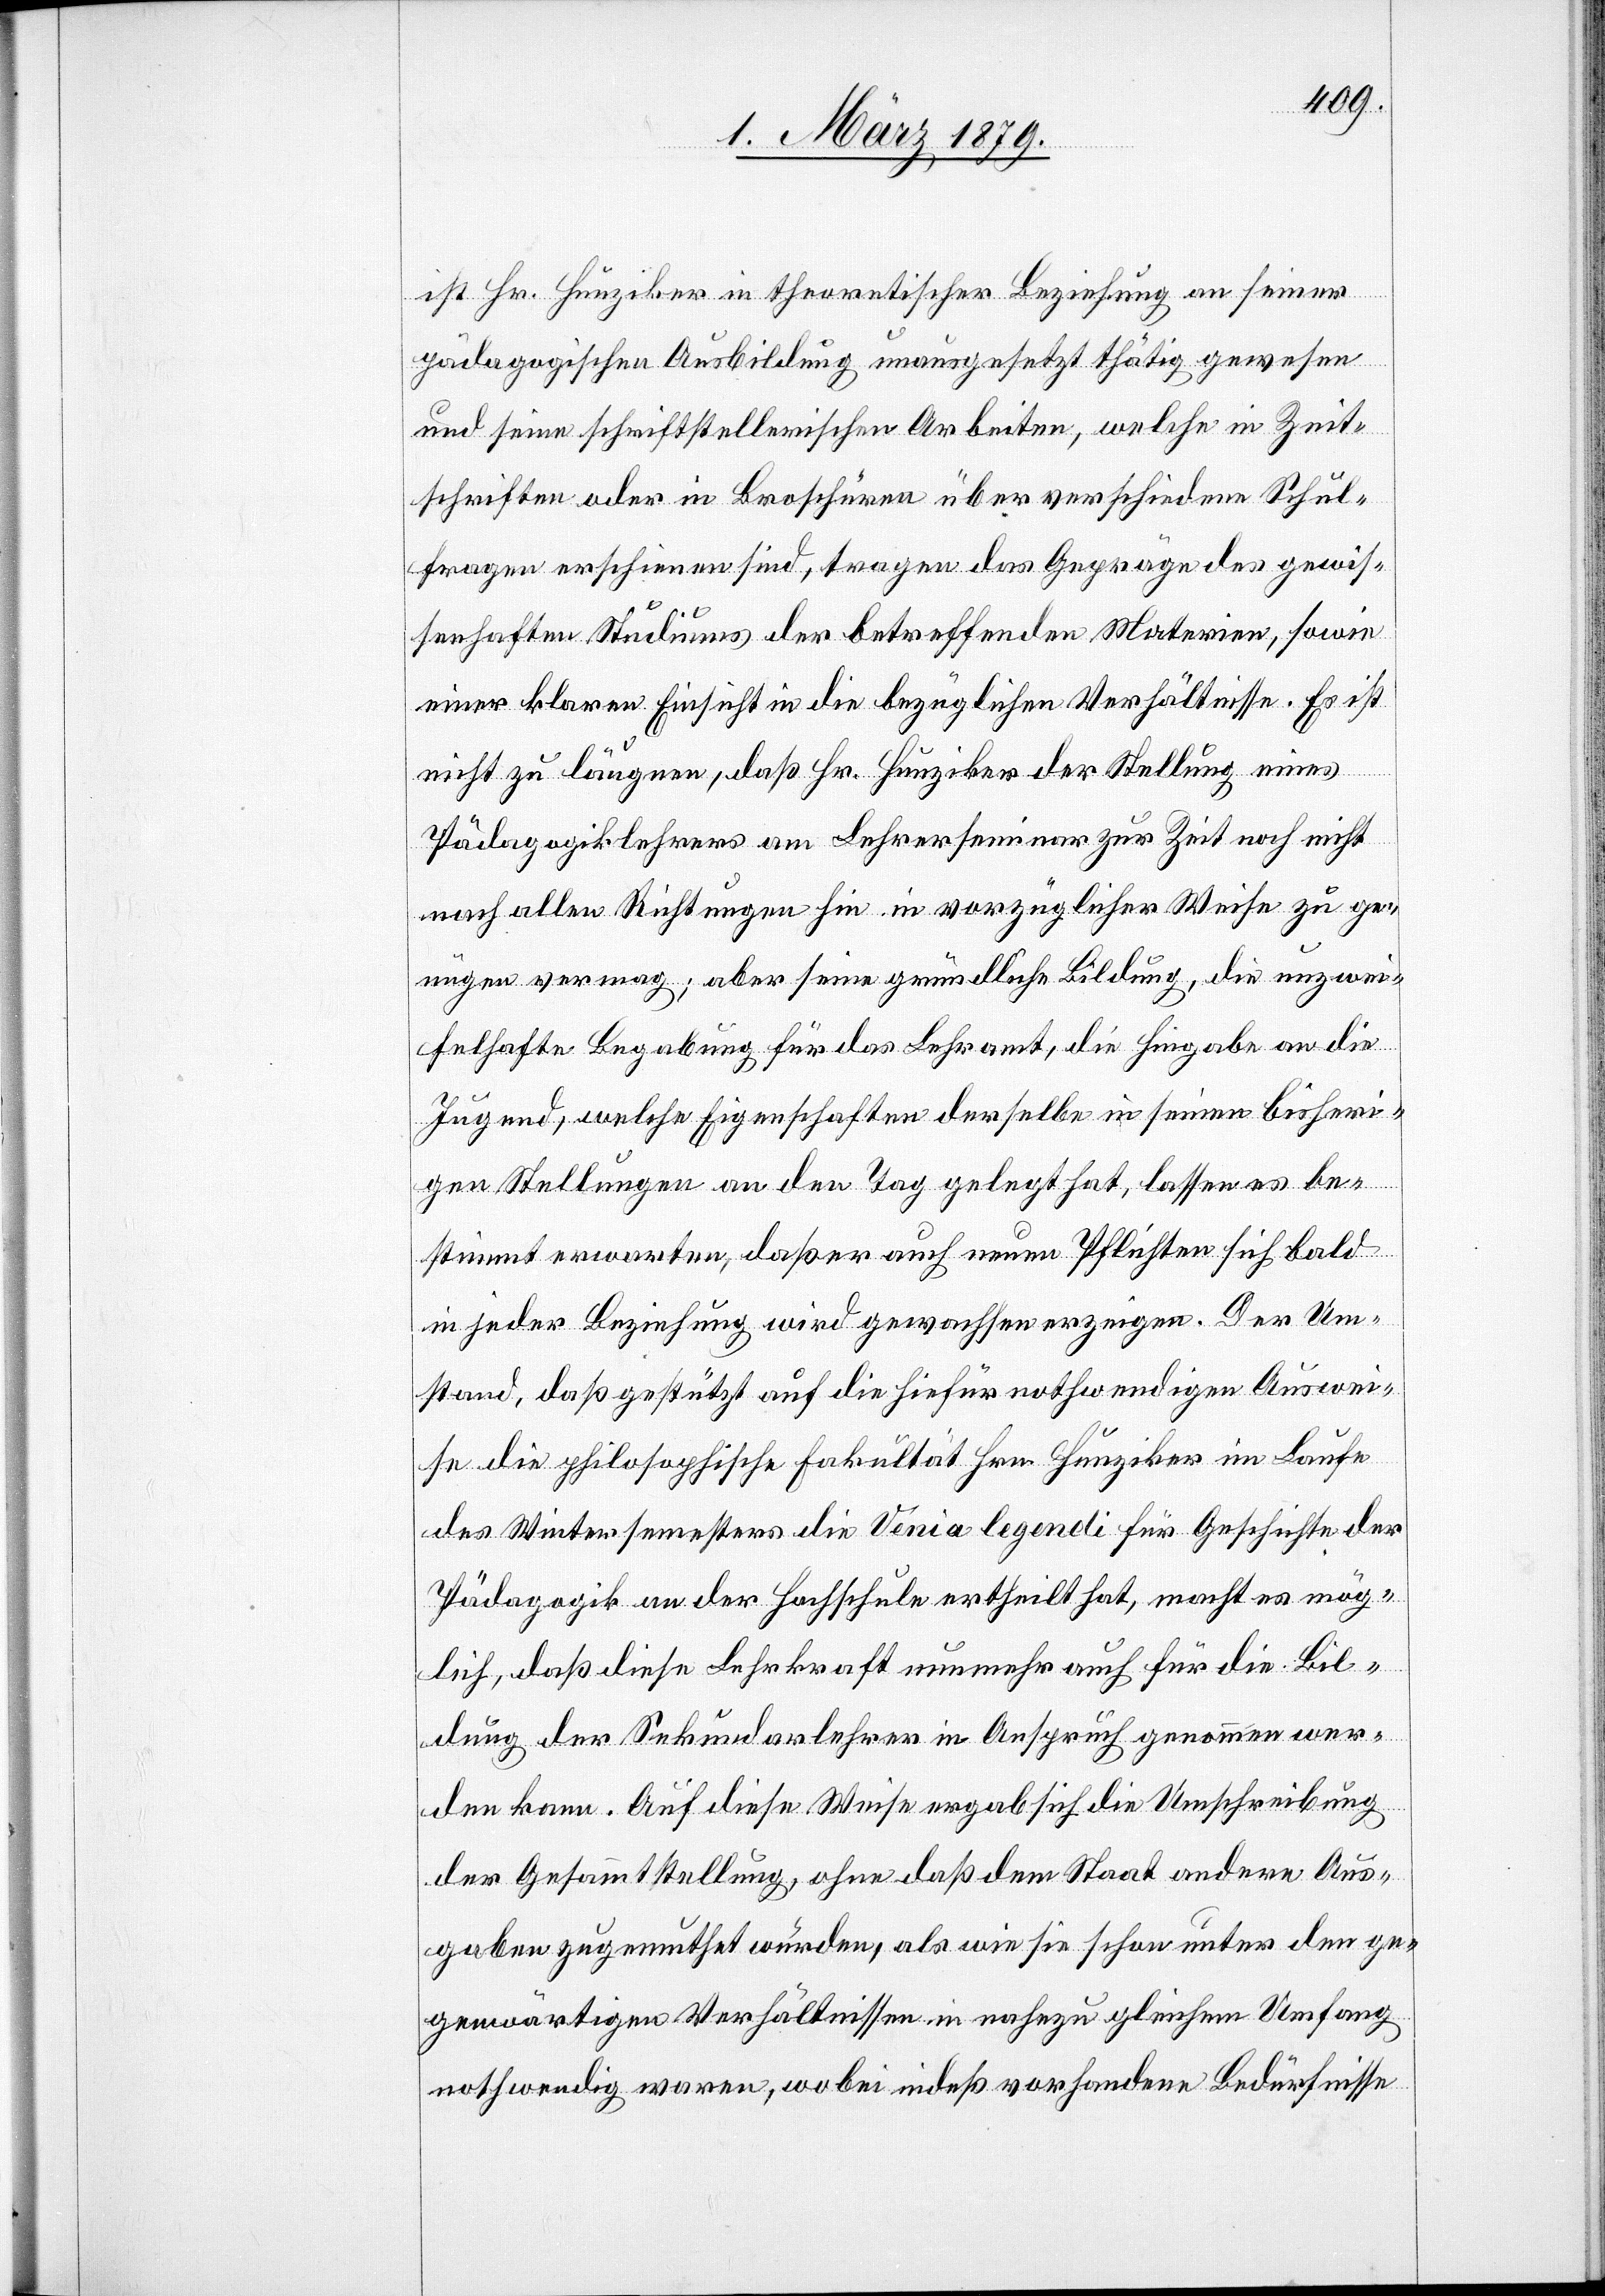
ist Hr. Hunziker in theoretischer Beziehung an seiner
pädagogischen Ausbildung unausgesetzt thätig gewesen
und seine schriftstellerischen Arbeiten, welche in Zeit¬
schriften oder in Broschüren über verschiedene Schul¬
fragen erschienen sind, tragen das Gepräge des gewis¬
senhaften Studiums der betreffenden Materien, sowie
einer klaren Einsicht in die bezüglichen Verhältnisse. Es ist
nicht zu läugnen, daß Hr. Hunziker der Stellung eines
Pädagogiklehrers am Lehrerseminar zur Zeit noch nicht
nach allen Richtungen hin in vorzüglicher Weise zu ge¬
nügen vermag; aber seine gründliche Bildung, die unzwei¬
felhafte Begabung für das Lehramt, die Hingabe an die
Jugend, welche Eigenschaften derselbe in seinen bisheri¬
gen Stellungen an den Tag gelegt hat, lassen es be¬
stimmt erwarten, daß er auch neuen Pflichten sich bald
in jeder Beziehung wird gewachsen erzeigen. Der Um¬
stand, daß gestützt auf die hiefür nothwendigen Auswei¬
se die philosophische Fakultät Hrn. Hunziker im Laufe
des Wintersemesters die Venia legendi für Geschichte der
Pädagogik an der Hochschule ertheilt hat, macht es mög¬
lich, daß diese Lehrkraft nunmehr auch für die Bil¬
dung der Sekundarlehrer in Anspruch genommen wer¬
den kann. Auf diese Weise ergab sich die Umschreibung
der Gesammtstellung, ohne daß dem Staat andere Aus¬
gaben zugemuthet würden, als wie sie schon unter den ge¬
genwärtigen Verhältnissen in nahezu gleichem Umfang
nothwendig waren, wobei indeß vorhandene Bedürfnisse